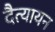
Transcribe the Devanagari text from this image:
दैत्यायन